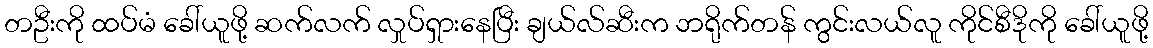
တဦးကို ထပ်မံ ခေါ်ယူဖို့ ဆက်လက် လှုပ်ရှားနေပြီး ချယ်လ်ဆီးက ဘရိုက်တန် ကွင်းလယ်လူ ကိုင်စီဒိုကို ခေါ်ယူဖို့